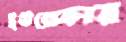
ইউরেকার